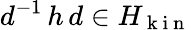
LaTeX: d^{-1}\, h\, d\in H_{\mathrm{~k~i~n~}}